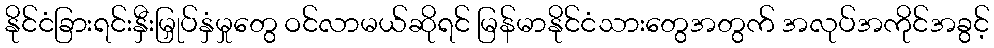
နိုင်ငံခြားရင်းနှီးမြှုပ်နှံမှုတွေ ဝင်လာမယ်ဆိုရင် မြန်မာနိုင်ငံသားတွေအတွက် အလုပ်အကိုင်အခွင့်